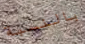
بالنسبة